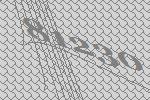
81230